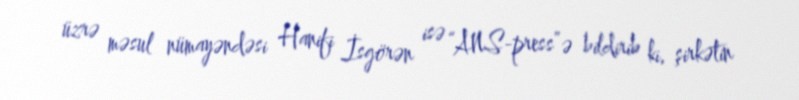
üzrə məsul nümayəndəsi Hanifi İsgörən isə “ANS-press”ə bildirib ki, şirkətin